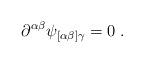
LaTeX: \begin{align*} \partial^{\alpha\beta}\psi_{[\alpha\beta]\gamma} = 0\;.\end{align*}